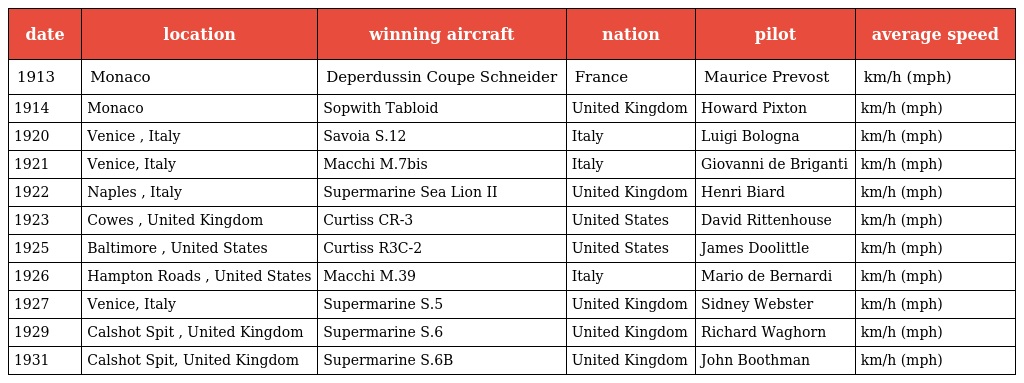
| date | location | winning aircraft | nation | pilot | average speed |
 | --- | --- | --- | --- | --- | --- |
 | 1913 | Monaco | Deperdussin Coupe Schneider | France | Maurice Prevost | km/h (mph) |
 | 1914 | Monaco | Sopwith Tabloid | United Kingdom | Howard Pixton | km/h (mph) |
 | 1920 | Venice , Italy | Savoia S.12 | Italy | Luigi Bologna | km/h (mph) |
 | 1921 | Venice, Italy | Macchi M.7bis | Italy | Giovanni de Briganti | km/h (mph) |
 | 1922 | Naples , Italy | Supermarine Sea Lion II | United Kingdom | Henri Biard | km/h (mph) |
 | 1923 | Cowes , United Kingdom | Curtiss CR-3 | United States | David Rittenhouse | km/h (mph) |
 | 1925 | Baltimore , United States | Curtiss R3C-2 | United States | James Doolittle | km/h (mph) |
 | 1926 | Hampton Roads , United States | Macchi M.39 | Italy | Mario de Bernardi | km/h (mph) |
 | 1927 | Venice, Italy | Supermarine S.5 | United Kingdom | Sidney Webster | km/h (mph) |
 | 1929 | Calshot Spit , United Kingdom | Supermarine S.6 | United Kingdom | Richard Waghorn | km/h (mph) |
 | 1931 | Calshot Spit, United Kingdom | Supermarine S.6B | United Kingdom | John Boothman | km/h (mph) |